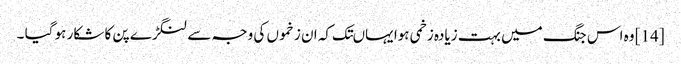
[14] وہ اس جنگ میں بہت زیادہ زخمی ہوا یہاںتک کہ ان زخموں کی وجہ سے لنگڑے پن کا شکار ہو گیا ۔